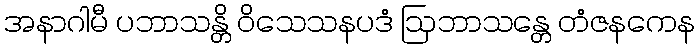
အနာဂါမီ ပဘာသန္တိ ဝိသေသနပဒံ ဩဘာသန္တေ တံဇနကေန